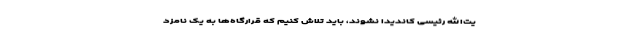
یت‌الله رئیسی کاندیدا نشوند، باید تلاش کنیم که قرارگاه‌ها به یک نامزد